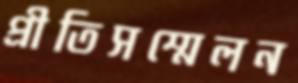
প্রীতিসম্মেলন